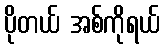
ပိုတယ် အစ်ကိုရယ်